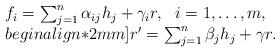
LaTeX: \begin{align*}\begin{array}{ll}f_i=\sum_{j=1}^n\alpha_{ij}h_j+\gamma_i r, \ \ i=1,\dots,m,\\begin{align*}2mm]r'=\sum_{j=1}^n\beta_jh_j+\gamma r.\end{array}\end{align*}